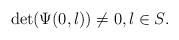
LaTeX: \begin{align*} \det(\Psi(0,\l)) \ne 0, \l \in S.\end{align*}